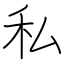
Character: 私